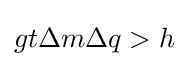
gt\Delta m\Delta q>h